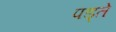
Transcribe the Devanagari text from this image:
पड्ते